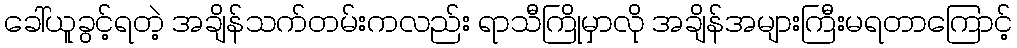
ခေါ်ယူခွင့်ရတဲ့ အချိန်သက်တမ်းကလည်း ရာသီကြိုမှာလို အချိန်အများကြီးမရတာကြောင့်